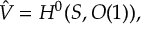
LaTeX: \hat { V } = H ^ { 0 } ( { \cal S } , { \cal O } ( 1 ) ) ,